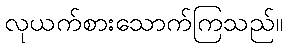
လုယက်စားသောက်ကြသည်။